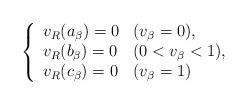
LaTeX: \begin{align*}\left\{\begin{array}{ll}v_R(a_\beta)=0 & (v_\beta=0),\\v_R(b_\beta)=0 & (0<v_\beta<1),\\v_R(c_\beta)=0 & (v_\beta=1)\end{array}\right.\end{align*}